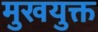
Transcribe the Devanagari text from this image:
मुखयुक्त